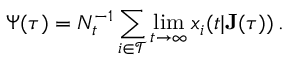
\Psi ( \tau ) = N _ { t } ^ { - 1 } \sum _ { i \in \mathcal { T } } \operatorname* { l i m } _ { t \rightarrow \infty } x _ { i } ( t | \mathbf { J } ( \tau ) ) \, .